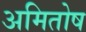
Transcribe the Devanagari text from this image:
अमितोष